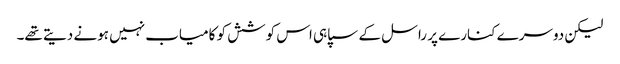
لیکن دوسرے کنارے پر راسل کے سپاہی اس کوشش کو کامیاب نہیں ہونے دیتے تھے۔